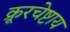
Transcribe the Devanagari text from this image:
क्रूरचेष्टाय